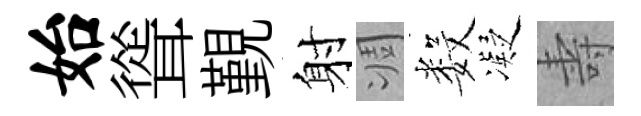
始聳覲射凋数凝壽